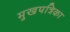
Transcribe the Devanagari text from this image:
मुखपत्रिका